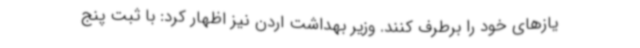
یازهای خود را برطرف کنند. وزیر بهداشت اردن نیز اظهار کرد: با ثبت پنج